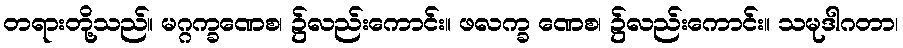
တရားတို့သည်။ မဂ္ဂက္ခဏေစ၊ ၌လည်းကောင်း။ ဖလက္ခ ဏေစ၊ ၌လည်းကောင်း။ သမုဒါဂတာ၊